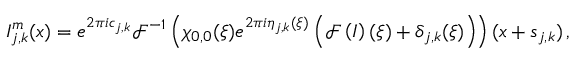
I _ { j , k } ^ { m } ( \boldsymbol { x } ) = e ^ { 2 \pi i c _ { j , k } } \mathcal { F } ^ { - 1 } \left( \chi _ { 0 , 0 } ( \boldsymbol { \xi } ) e ^ { 2 \pi i \eta _ { j , k } ( \boldsymbol { \xi } ) } \left( \mathcal { F } \left( I \right) ( \boldsymbol { \xi } ) + \delta _ { j , k } ( \boldsymbol { \xi } ) \right) \right) ( \boldsymbol { x } + \boldsymbol { s } _ { j , k } ) \, ,